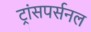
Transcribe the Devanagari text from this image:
ट्रांसपर्सनल